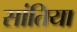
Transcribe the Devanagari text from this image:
सांतिया